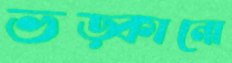
ভড়্‌কানো